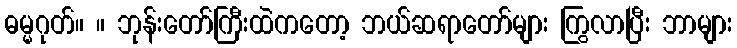
ဓမ္မဂုတ်။ ။ ဘုန်းတော်ကြီးထဲကတော့ ဘယ်ဆရာတော်များ ကြွလာပြီး ဘာများ